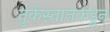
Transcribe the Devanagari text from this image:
तुर्कस्तानकडून